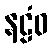
နဠံဝ